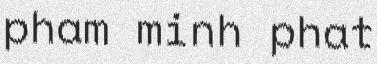
pham minh phat